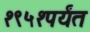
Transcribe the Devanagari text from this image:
१९५१पर्यंत